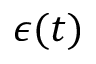
\epsilon ( t )